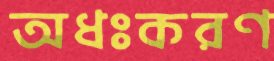
অধঃকরণ